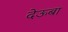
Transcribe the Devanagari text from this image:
देऊबा